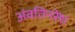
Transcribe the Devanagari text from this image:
अंवतिनरेश